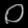
Digit: ၀